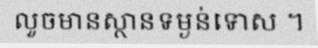
លួចមានស្ថានទម្ងន់ទោស ។